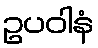
ဥပဝါနံ